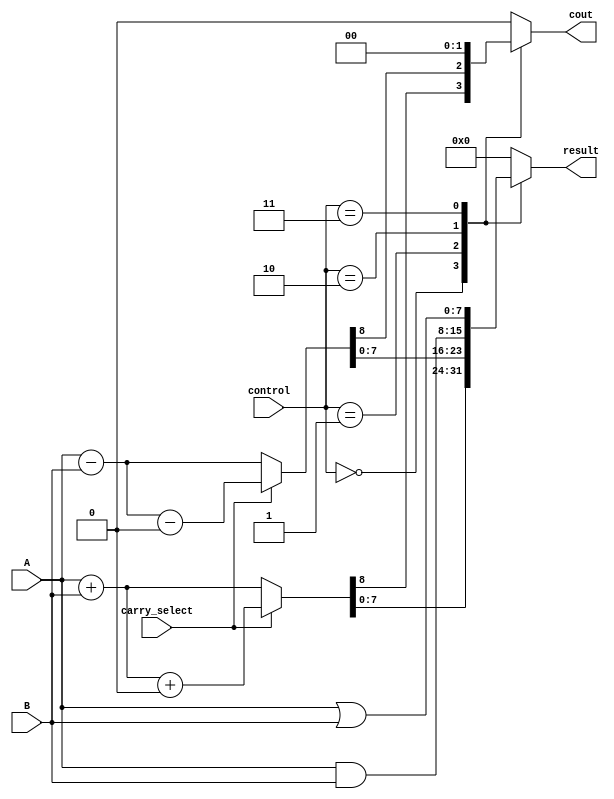
module ALU(
  input [7:0] A,
  input [7:0] B,
  input [2:0] control,
  input carry_select,
  output [7:0] result,
  output cout
);

reg [7:0] result;
reg cout;

always @(*) begin
  case(control)
    3'b000: // Addition
      begin
        if(carry_select)
          {cout, result} = A + B + 1'b0;
        else
          {cout, result} = A + B;
      end
    3'b001: // Subtraction
      begin
        if(carry_select)
          {cout, result} = A - B - 1'b0;
        else
          {cout, result} = A - B;
      end
    3'b010: // Bitwise AND
      begin
        {cout, result} = A & B;
      end
    3'b011: // Bitwise OR
      begin
        {cout, result} = A | B;
      end
    default: // Invalid operation
      begin
        {cout, result} = 8'b0;
      end
  endcase
end

endmodule